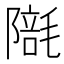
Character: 𣯱